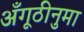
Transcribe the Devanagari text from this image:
अँगूठीनुमा